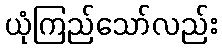
ယုံကြည်သော်လည်း